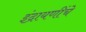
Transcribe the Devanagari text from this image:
इंद्रायणींचे